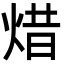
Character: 焟